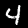
Digit: 4